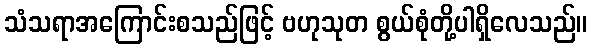
သံသရာအကြောင်းစသည်ဖြင့် ဗဟုသုတ စွယ်စုံတို့ပါရှိလေသည်။